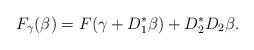
LaTeX: \begin{align*}F_{\gamma} (\beta) = F(\gamma + D_{1}^{*} \beta) + D_{2}^{*} D_{2} \beta.\end{align*}